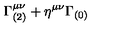
\Gamma _ { ( 2 ) } ^ { \mu \nu } + \eta ^ { \mu \nu } \Gamma _ { ( 0 ) }